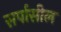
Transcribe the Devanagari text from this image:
सर्पासील